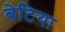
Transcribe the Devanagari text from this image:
बेटिया